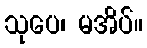
သုပေ၊ မအိပ်။